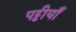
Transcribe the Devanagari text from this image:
पट्टीयाँ